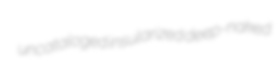
uncataloged insularized deep-naked